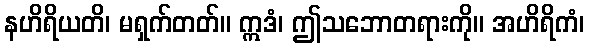
နဟိရိယတိ၊ မရှက်တတ်။ ဣဒံ၊ ဤသဘောတရားကို။ အဟိရိကံ၊